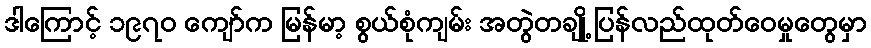
ဒါကြောင့် ၁၉၇၀ ကျော်က မြန်မာ့ စွယ်စုံကျမ်း အတွဲတချို့ ပြန်လည်ထုတ်ဝေမှုတွေမှာ